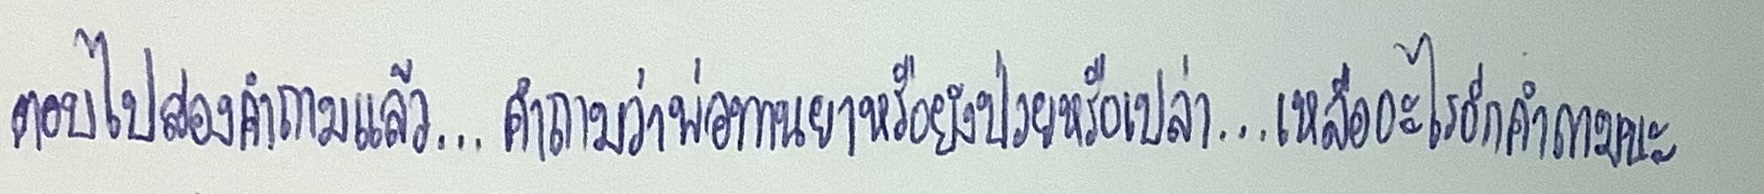
ตอบไปสองคำถามแล้ว...คำถามว่าพ่อทานยาหรือยังป่วยหรือเปล่า...เหลืออะไรอีกคำถามนะ